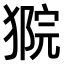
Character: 𤠴